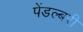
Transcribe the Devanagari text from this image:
पेंडल्बरी